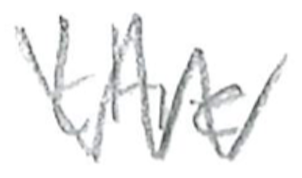
Text: the
Cross-out: zig-zag
Writing tool: pencil